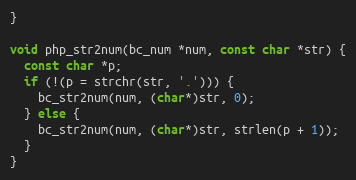
Language: C++
}

void php_str2num(bc_num *num, const char *str) {
  const char *p;
  if (!(p = strchr(str, '.'))) {
    bc_str2num(num, (char*)str, 0);
  } else {
    bc_str2num(num, (char*)str, strlen(p + 1));
  }
}